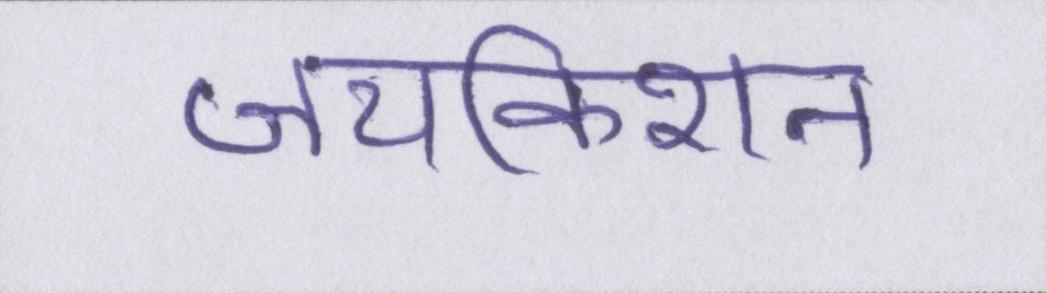
जयकिशन